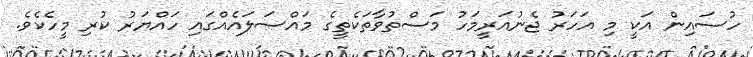
ހުސައިން އަކީ މި އަހަރު ޖެނުއަރީމަހު މަސްތުވާތަކެތީގެ މައްސަލައެއްގައި ހައްޔަރު ކުރި މީހެކެވެ.